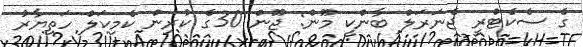
ގެ ސެކެޓްރީ ޖެނަރަލް ބާންކީ މޫން: ޖޫން 30ގެ ކުރިން ކެމިކަލް ހަތިޔާރު